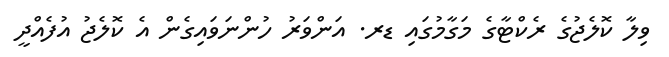
ވިލާ ކޮލެޖުގެ ރެކްޓާގެ މަގާމުގައި ޑރ. އަންވަރު ހުންނަވައިގެން އެ ކޮލެޖު އުފެއްދީ